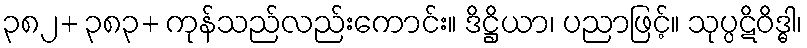
၃၈၂+ ၃၈၃+ ကုန်သည်လည်းကောင်း။ ဒိဋ္ဌိယာ၊ ပညာဖြင့်။ သုပ္ပဋိဝိဒ္ဓါ၊